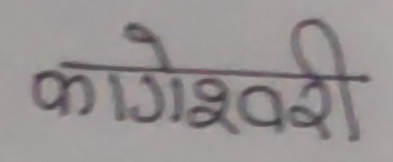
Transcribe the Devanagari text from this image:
कागेश्वरी